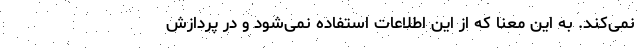
نمی‌کند. به این معنا که از این اطلاعات استفاده نمی‌شود و در پردازش